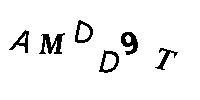
AMDD9T